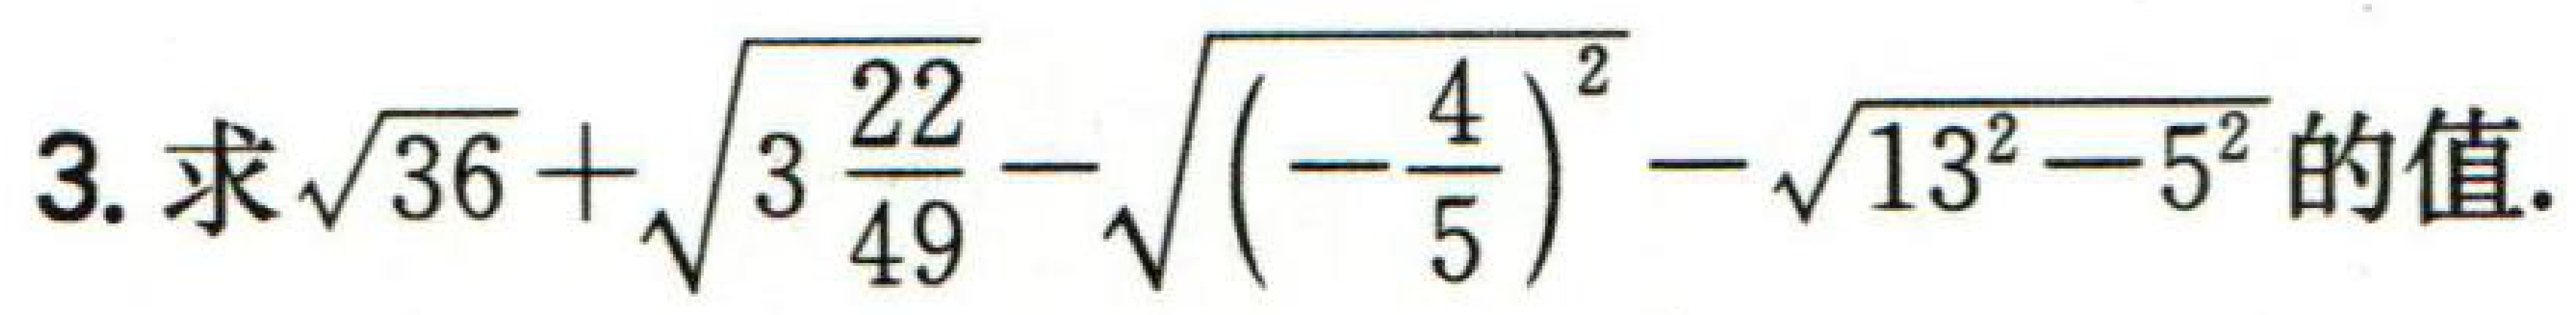
$3. 求\sqrt{36}+\sqrt{3\frac{22}{49}}-\sqrt{(-\frac{4}{5})^2}-\sqrt{13^{2}-5^{2}}的值.$